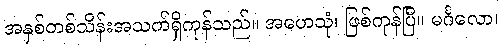
အနှစ်တစ်သိန်းအသက်ရှိကုန်သည်။ အဟေသုံ၊ ဖြစ်ကုန်ပြီ။ မင်္ဂလော၊